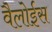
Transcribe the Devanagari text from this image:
वैलोईस